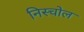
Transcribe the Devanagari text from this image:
निस्चोल